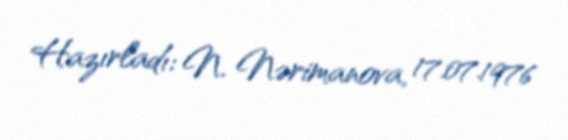
Hazırladı: N. Nərimanova, 17.07.1976